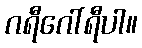
ဂရီဂေါ်ရီပါ။